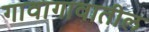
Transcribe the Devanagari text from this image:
गावागावातील